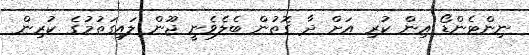
ނިންޓެންޑޯ އިން ކުރި އަށް ދާ ގޮތުން ބެލެވެނީ ޖޫން ލައިގަތުމުގެ ކުރިން